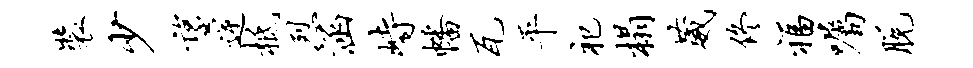
装少望逆柢烈涵峙幡瓦平祀榻葳佟福嘱脱